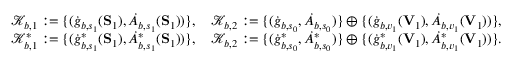
\begin{array} { r } { \mathcal { K } _ { b , 1 } : = \{ ( \dot { g } _ { b , s _ { 1 } } ( \mathbf { S } _ { 1 } ) , \dot { A } _ { b , s _ { 1 } } ( \mathbf { S } _ { 1 } ) ) \} , \quad \mathcal { K } _ { b , 2 } : = \{ ( \dot { g } _ { b , s _ { 0 } } , \dot { A } _ { b , s _ { 0 } } ) \} \oplus \{ ( \dot { g } _ { b , v _ { 1 } } ( \mathbf { V } _ { 1 } ) , \dot { A } _ { b , v _ { 1 } } ( \mathbf { V } _ { 1 } ) ) \} , } \\ { \mathcal { K } _ { b , 1 } ^ { * } : = \{ ( \dot { g } _ { b , s _ { 1 } } ^ { * } ( \mathbf { S } _ { 1 } ) , \dot { A } _ { b , s _ { 1 } } ^ { * } ( \mathbf { S } _ { 1 } ) ) \} , \quad \mathcal { K } _ { b , 2 } : = \{ ( \dot { g } _ { b , s _ { 0 } } ^ { * } , \dot { A } _ { b , s _ { 0 } } ^ { * } ) \} \oplus \{ ( \dot { g } _ { b , v _ { 1 } } ^ { * } ( \mathbf { V } _ { 1 } ) , \dot { A } _ { b , v _ { 1 } } ^ { * } ( \mathbf { V } _ { 1 } ) ) \} . } \end{array}